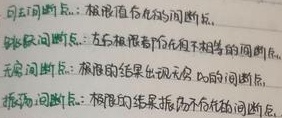
可去间断点：极限值存在的间断点。

跳跃间断点：左右极限都存在但不相等的间断点。

无穷间断点：极限的结果出现无穷的间断点。

振荡间断点：极限的结果振荡无极限的间断点。